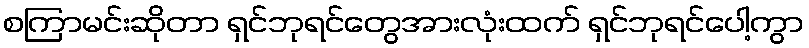
စကြာမင်းဆိုတာ ရှင်ဘုရင်တွေအားလုံးထက် ရှင်ဘုရင်ပေါ့ကွာ